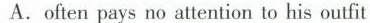
A. ofen pays no attention to his outfit